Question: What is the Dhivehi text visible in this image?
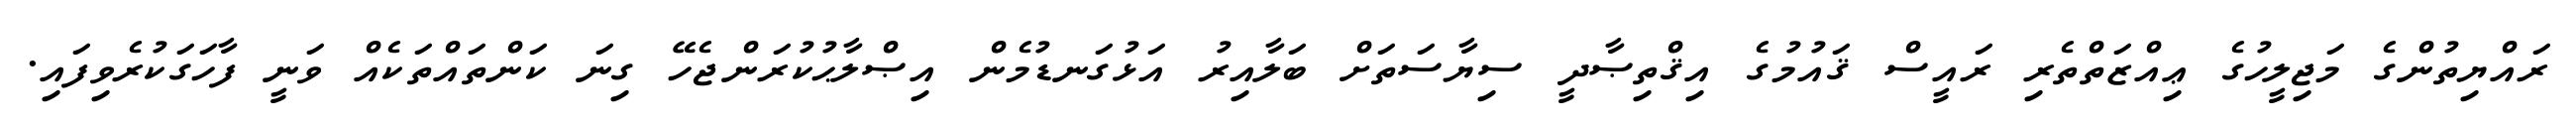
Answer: ރައްޔިތުންގެ މަޖިލީހުގެ ޢިއްޒަތްތެރި ރައީސް ޤައުމުގެ އިޤްތިޞާދީ ސިޔާސަތަށް ބަލާއިރު އަޅުގަނޑުމެން އިޞްލާޙުކުރަންޖެހޭ ގިނަ ކަންތައްތަކެއް ވަނީ ފާހަގަކުރެވިފައި.